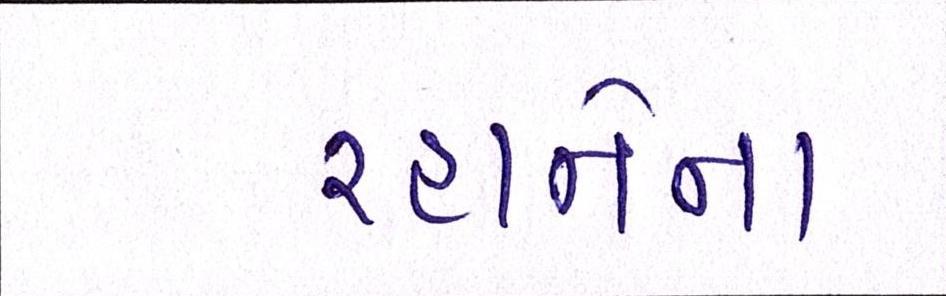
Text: રહાનેના